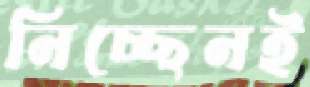
নিচ্ছেনই